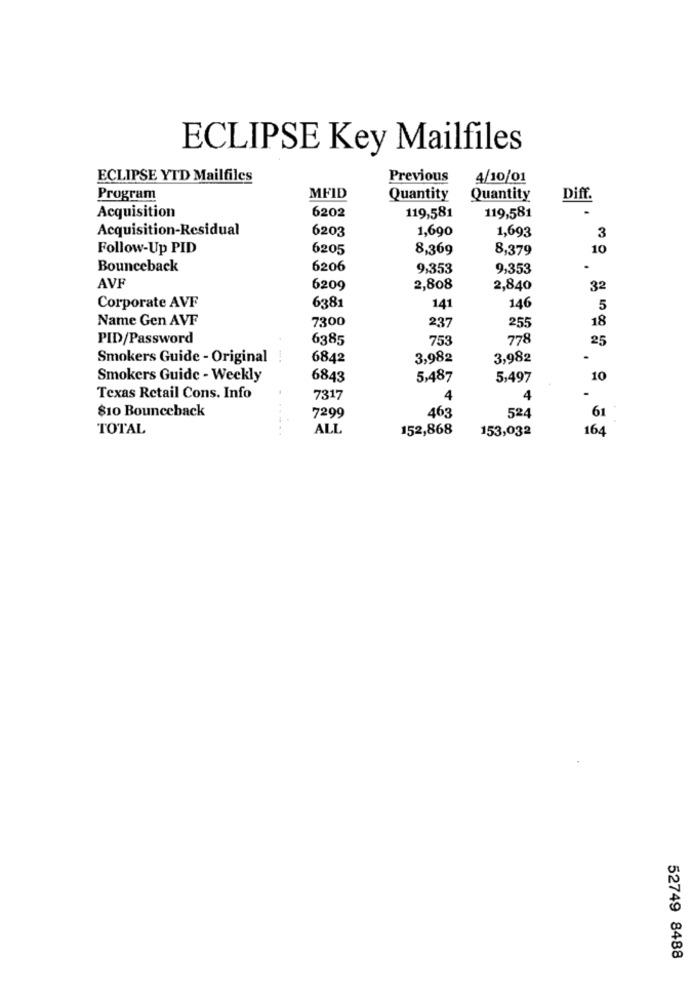
ECLIPSE Key Mailfiles
ECLIPSE YTD Mailfiles
Previous
4/10/01
Program
MFID
Quantity
Quantity
Diff.
Acquisition
6202
119,581
119,581
Acquisition-Residual
6203
1,690
1,693
3
Follow-Up PID
6205
8,369
8,379
10
Bounceback
6206
9,353
9,353
.
AVF
6209
2,808
2,840
32
Corporate AVF
6381
141
146
5
Name Gen AVF
7300
237
255
18
PID/Password
6385
753
778
25
Smokers Guide - Original
6842
3,982
3,982
Smokers Guide - Weekly
6843
5,487
5,497
10
Texas Retail Cons. Info
7317
4
4
$10 Bounceback
463
7299
524
61
TOTAL
ALL
152,868
153,032
164
52749 8488